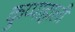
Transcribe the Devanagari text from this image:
कुप्पाहाली